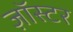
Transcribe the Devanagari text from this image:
ज़ॉस्टर